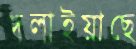
দলাইয়াছে